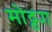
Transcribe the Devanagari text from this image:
मोठ्ठ्या